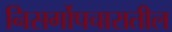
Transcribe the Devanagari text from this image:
निसर्गोपचारातील